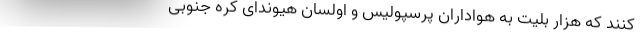
کنند که هزار بلیت به هواداران پرسپولیس و اولسان هیوندای کره جنوبی